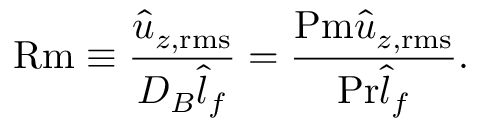
\mathrm { R m } \equiv \frac { \hat { u } _ { z , \mathrm { r m s } } } { D _ { B } \hat { l } _ { f } } = \frac { \ensuremath { \mathrm { P m } } \hat { u } _ { z , \mathrm { r m s } } } { \ensuremath { \mathrm { P r } } \hat { l } _ { f } } .